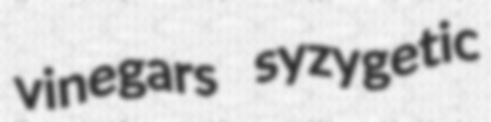
vinegars syzygetic